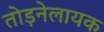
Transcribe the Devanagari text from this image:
तोड़नेलायक